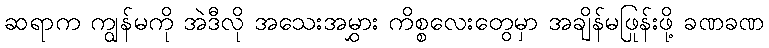
ဆရာက ကျွန်မကို အဲဒီလို အသေးအမွှား ကိစ္စလေးတွေမှာ အချိန်မဖြုန်းဖို့ ခဏခဏ